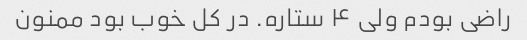
راضی بودم ولی ۴ ستاره. در کل خوب بود ممنون